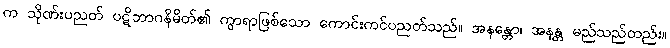
က သိုဏ်းပညတ် ပဋိဘာဂနိမိတ်၏ ကွာရာဖြစ်သော ကောင်းကင်ပညတ်သည်။ အနန္တော၊ အနန္တ မည်သည်တည်း။